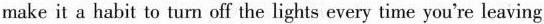
make it a habit to turn off the lights every time you're leaving